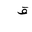
Letter: _qaf